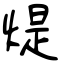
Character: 煶